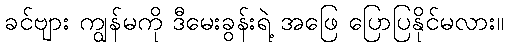
ခင်ဗျား ကျွန်မကို ဒီမေးခွန်းရဲ့ အဖြေ ပြောပြနိုင်မလား။